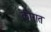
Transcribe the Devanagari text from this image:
कीरात